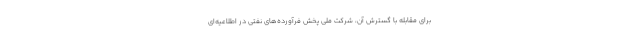
برای مقابله با گسترش آن، شرکت ملی پخش فرآورده‌های نفتی در اطلاعیه‌ای